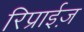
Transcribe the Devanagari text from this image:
रिप्राईज़